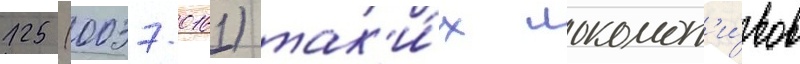
125 (0037-0161) так'и́х локомот'и́вов